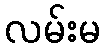
လမ်းမ